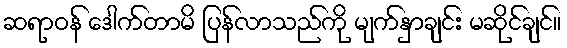
ဆရာဝန် ဒေါက်တာမိ ပြန်လာသည်ကို မျက်နှာချင်း မဆိုင်ချင်။